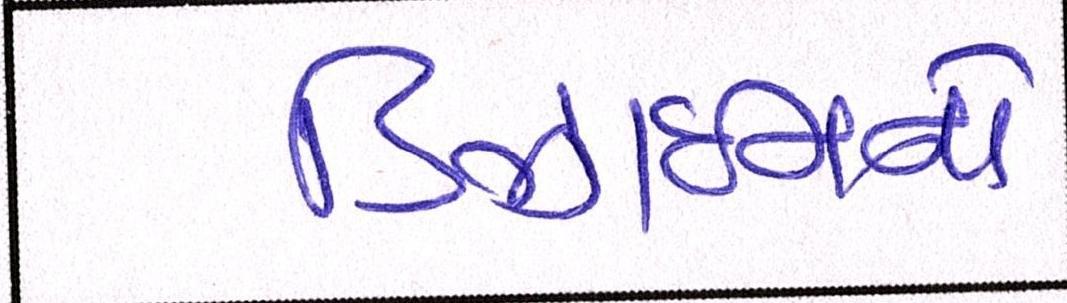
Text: ડિઝાઇનને